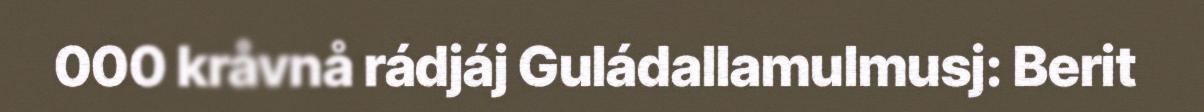
000 kråvnå rádjáj Guládallamulmusj: Berit